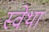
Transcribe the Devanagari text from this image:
स्वेथा